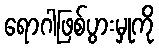
ရောဂါဖြစ်ပွားမှုကို